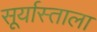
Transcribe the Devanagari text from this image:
सूर्यास्ताला